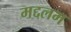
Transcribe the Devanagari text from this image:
मद्दलम